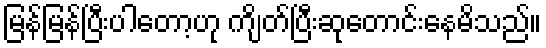
မြန်မြန်ပြီးပါတော့ဟု ကျိတ်ပြီးဆုတောင်းနေမိသည်။